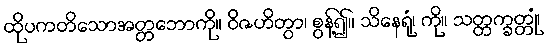
ထိုပကတိသောအတ္တဘောကို။ ဝိဇဟိတွာ၊ စွန့်၍။ သိနေရုံ၊ ကို။ သတ္တက္ခတ္တုံ၊